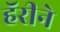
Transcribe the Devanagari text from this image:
हॅरीने